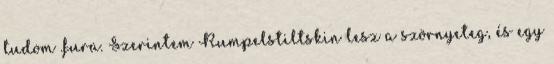
tudom .fura. Szerintem Rumpelstiltskin lesz a szörnyeteg, és egy